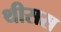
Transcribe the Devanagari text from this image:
थीसस